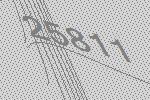
25811